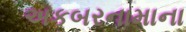
અકબરનામાના